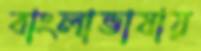
বাংলাভাষায়